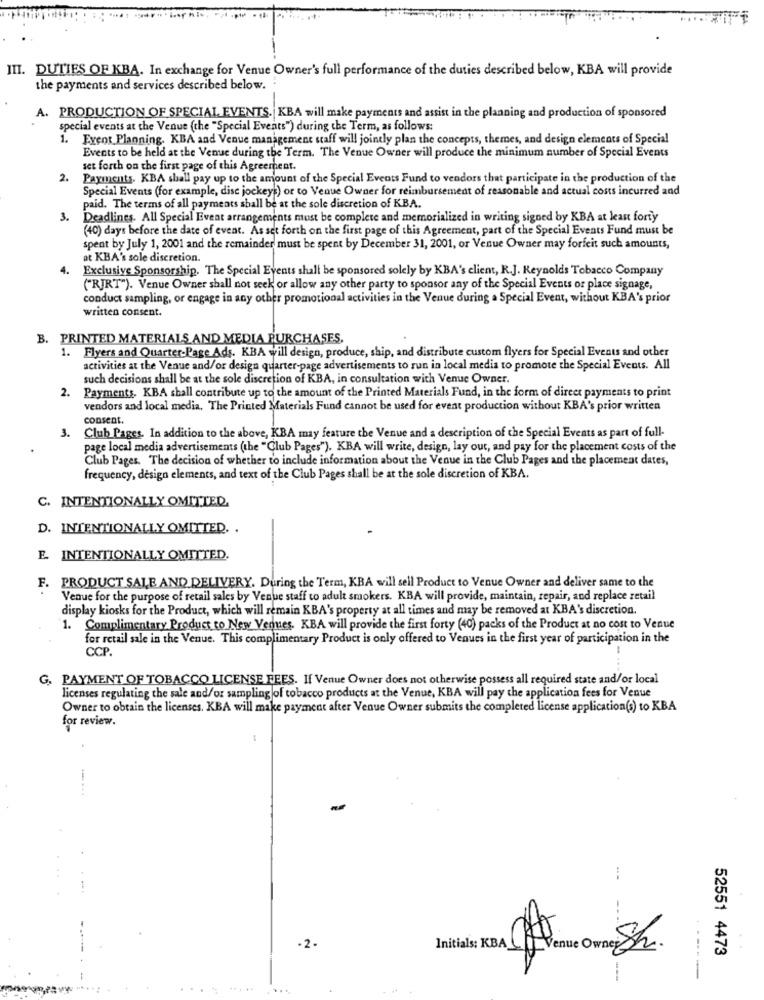
III. DUTIES OF KBA. In exchange for Venue Owner's full performance of the duties described below, KBA will provide
the payments and services described below.
A. PRODUCTION OF SPECIAL EVENTS. KBA will make payments and assist in the planning and production of sponsored
special events at the Venue (the "Special Events") during the Term, as follows:
1. Event Planning. KBA and Venue management staff will jointly plan the concepts, themes, and design elements of Special
Events to be held at the Venue during the Term. The Venue Owner will produce the minimum number of Special Events
set forth on the first page of this Agreement.
2.
Payments. KBA shall pay up to the amount of the Special Events Fund to vendors that participate in the production of the
Special Events (for example, disc jockey;) or to Venue Owner for reimbursement of reasonable and actual costs incurred and
paid. The terms of all payments shall be at the sole discretion of KB.A.
3.
Deadlines. All Special Event arrangements must be complete and memorialized in writing signed by KBA at least forty
(40) days before the date of event. As set forth on the first page of this Agreement, part of the Special Events Fund must be
spent by July 1, 2001 and the remainder must be spent by December 31, 2001, or Venue Owner may forfeit such amounts,
at KBA's sole discretion.
4.
Exclusive Sponsorship. The Special Events shall be sponsored solely by KBA's client, R.J. Reynolds Tobacco Company
("RJRT"). Venue Owner shall not seek or allow any other party to sponsor any of the Special Events or place signage,
conduct sampling, or engage in any other promotional activities in the Venue during a Special Event, without KBA's prior
written consent.
B. PRINTED MATERIALS AND MEDIA PURCHASES.
1. Flyers and Quarter-Page Ads. KBA will design, produce, ship, and distribute custom flyers for Special Events and other
activities at the Venue and/or design quarter-page advertisements to run in local media to promote the Special Events. All
such decisions shall be at the sole discretion of KBA, in consultation with Venue Owner.
. Payments. KBA shall contribute up to the amount of the Printed Materials Fund, in the form of direct payments to print
vendors and local media, The Printed Materials Fund cannot be used for event production without KBA's prior written
consent.
3.
Club Pages. In addition to the above, KBA may feature the Venue and a description of the Special Events as part of full-
page local media advertisements (the "Club Pages"). KBA will write, design, lay out, and pay for the placement costs of the
Club Pages. The decision of whether to include information about the Venue in the Club Pages and the placement dates,
frequency, design elements, and text of the Club Pages shall be at the sole discretion of KBA.
C. INTENTIONALLY OMITTED.
D. INTENTIONALLY OMITTED. .
E. INTENTIONALLY OMITTED.
F. PRODUCT SALE AND DELIVERY. During the Term, KBA will sell Product to Venue Owner and deliver same to the
Venue for the purpose of retail sales by Venue staff to adult smokers. KBA will provide, maintain, repair, and replace retail
display kiosks for the Product, which will remain KBA's property at all times and may be removed at KBA's discretion.
1. Complimentary Product to New Venues. KBA will provide the first forty (40) packs of the Product at no cost to Venue
for retail sale in the Venue. This complimentary Product is only offered to Venues in the first year of participation in the
CCP.
G. PAYMENT OF TOBACCO LICENSE FEES. If Venue Owner does not otherwise possess all required state and/or local
licenses regulating the sale and/or sampling of tobacco products at the Venue, KBA will pay the application fees for Venue
Owner to obtain the licenses. KBA will make payment after Venue Owner submits the completed license application(s) to KBA
for review.
-...
---
- 2 .
52551 4473
-
.....